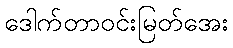
ဒေါက်တာဝင်းမြတ်အေး